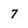
Character: 7